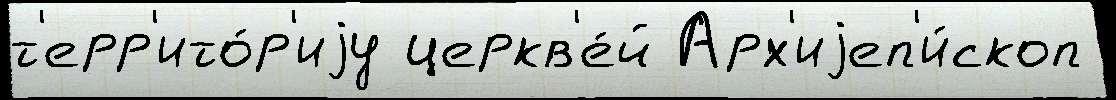
т'ерр'ито́р'иjу церкв'е́й Арх'иjеп'и́скоп